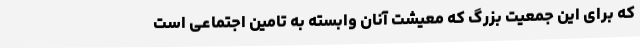
که برای این جمعیت بزرگ که معیشت آنان وابسته به تامین اجتماعی است